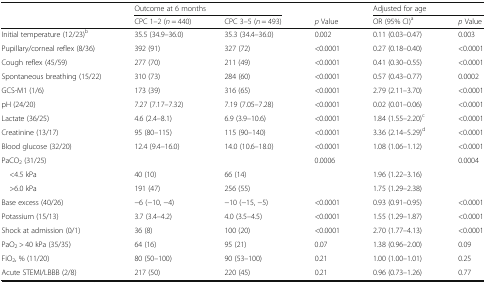
<table><thead><tr><td rowspan="2"></td><td colspan="2"><b>Outcome at 6 months</b></td><td></td><td colspan="2"><b>Adjusted for age</b></td></tr><tr><td><b>CPC 1–2 (<i>n</i> = 440)</b></td><td><b>CPC 3–5 (<i>n</i> = 493)</b></td><td><b><i>p</i> Value</b></td><td><b>OR (95% CI)<sup>a</sup></b></td><td><b><i>p</i> Value</b></td></tr></thead><tbody><tr><td>Initial temperature (12/23)<sup>b</sup></td><td>35.5 (34.9–36.0)</td><td>35.3 (34.4–36.0)</td><td>0.002</td><td>0.11 (0.03–0.47)</td><td>0.003</td></tr><tr><td>Pupillary/corneal reflex (8/36)</td><td>392 (91)</td><td>327 (72)</td><td>&lt;0.0001</td><td>0.27 (0.18–0.40)</td><td>&lt;0.0001</td></tr><tr><td>Cough reflex (45/59)</td><td>277 (70)</td><td>211 (49)</td><td>&lt;0.0001</td><td>0.41 (0.30–0.55)</td><td>&lt;0.0001</td></tr><tr><td>Spontaneous breathing (15/22)</td><td>310 (73)</td><td>284 (60)</td><td>&lt;0.0001</td><td>0.57 (0.43–0.77)</td><td>0.0002</td></tr><tr><td>GCS-M1 (1/6)</td><td>173 (39)</td><td>316 (65)</td><td>&lt;0.0001</td><td>2.79 (2.11–3.70)</td><td>&lt;0.0001</td></tr><tr><td>pH (24/20)</td><td>7.27 (7.17–7.32)</td><td>7.19 (7.05–7.28)</td><td>&lt;0.0001</td><td>0.02 (0.01–0.06)</td><td>&lt;0.0001</td></tr><tr><td>Lactate (36/25)</td><td>4.6 (2.4–8.1)</td><td>6.9 (3.9–10.6)</td><td>&lt;0.0001</td><td>1.84 (1.55–2.20)<sup>c</sup></td><td>&lt;0.0001</td></tr><tr><td>Creatinine (13/17)</td><td>95 (80–115)</td><td>115 (90–140)</td><td>&lt;0.0001</td><td>3.36 (2.14–5.29)<sup>d</sup></td><td>&lt;0.0001</td></tr><tr><td>Blood glucose (32/20)</td><td>12.4 (9.4–16.0)</td><td>14.0 (10.6–18.0)</td><td>&lt;0.0001</td><td>1.08 (1.06–1.12)</td><td>&lt;0.0001</td></tr><tr><td>PaCO<sub>2</sub> (31/25)</td><td></td><td></td><td>0.0006</td><td></td><td>0.0004</td></tr><tr><td> &lt;4.5 kPa</td><td>40 (10)</td><td>66 (14)</td><td></td><td>1.96 (1.22–3.16)</td><td></td></tr><tr><td> &gt;6.0 kPa</td><td>191 (47)</td><td>256 (55)</td><td></td><td>1.75 (1.29–2.38)</td><td></td></tr><tr><td>Base excess (40/26)</td><td>−6 (−10, −4)</td><td>−10 (−15, −5)</td><td>&lt;0.0001</td><td>0.93 (0.91–0.95)</td><td>&lt;0.0001</td></tr><tr><td>Potassium (15/13)</td><td>3.7 (3.4–4.2)</td><td>4.0 (3.5–4.5)</td><td>&lt;0.0001</td><td>1.55 (1.29–1.87)</td><td>&lt;0.0001</td></tr><tr><td>Shock at admission (0/1)</td><td>36 (8)</td><td>100 (20)</td><td>&lt;0.0001</td><td>2.70 (1.77–4.13)</td><td>&lt;0.0001</td></tr><tr><td>PaO<sub>2</sub> &gt; 40 kPa (35/35)</td><td>64 (16)</td><td>95 (21)</td><td>0.07</td><td>1.38 (0.96–2.00)</td><td>0.09</td></tr><tr><td>FiO<sub>2</sub>, % (11/20)</td><td>80 (50–100)</td><td>90 (53–100)</td><td>0.21</td><td>1.00 (1.00–1.01)</td><td>0.25</td></tr><tr><td>Acute STEMI/LBBB (2/8)</td><td>217 (50)</td><td>220 (45)</td><td>0.21</td><td>0.96 (0.73–1.26)</td><td>0.77</td></tr></tbody></table>